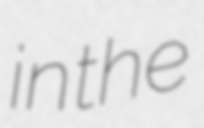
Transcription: in the